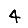
Digit: 4